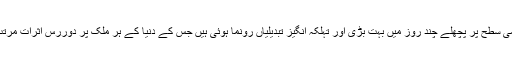
بین الاقوامی سطح پر پچھلے چند روز میں بہت بڑی اور تہلکہ انگیز تبدیلیاں رونما ہوئی ہیں جس کے دنیا کے ہر ملک پر دوررس اثرات مرتب ہونگے۔